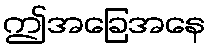
ဤအခြေအနေ